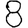
Digit: 8